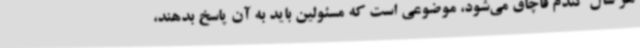
هر سال گندم قاچاق می‌شود، موضوعی است که مسئولین باید به آن پاسخ بدهند،